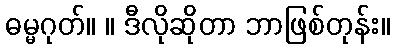
ဓမ္မဂုတ်။ ။ ဒီလိုဆိုတာ ဘာဖြစ်တုန်း။